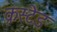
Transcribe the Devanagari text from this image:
क्रस्टेड